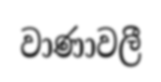
වාණාවලී